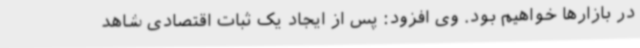
در بازارها خواهیم بود. وی افزود: پس از ایجاد یک ثبات اقتصادی شاهد